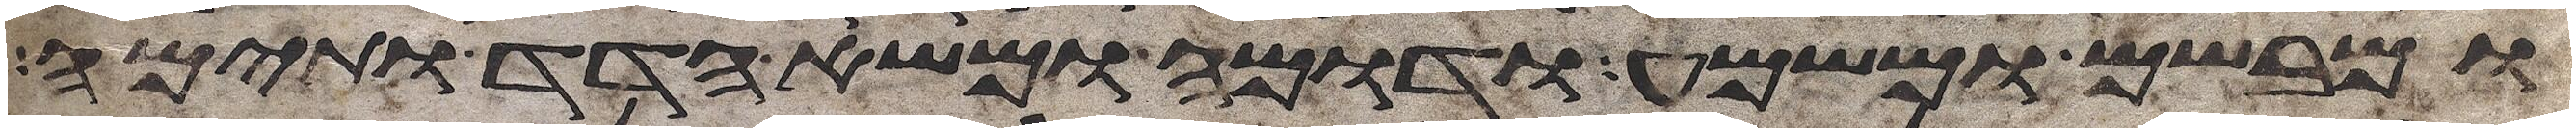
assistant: ומבשם ומשמע ודומה ומשא הדד ותימה